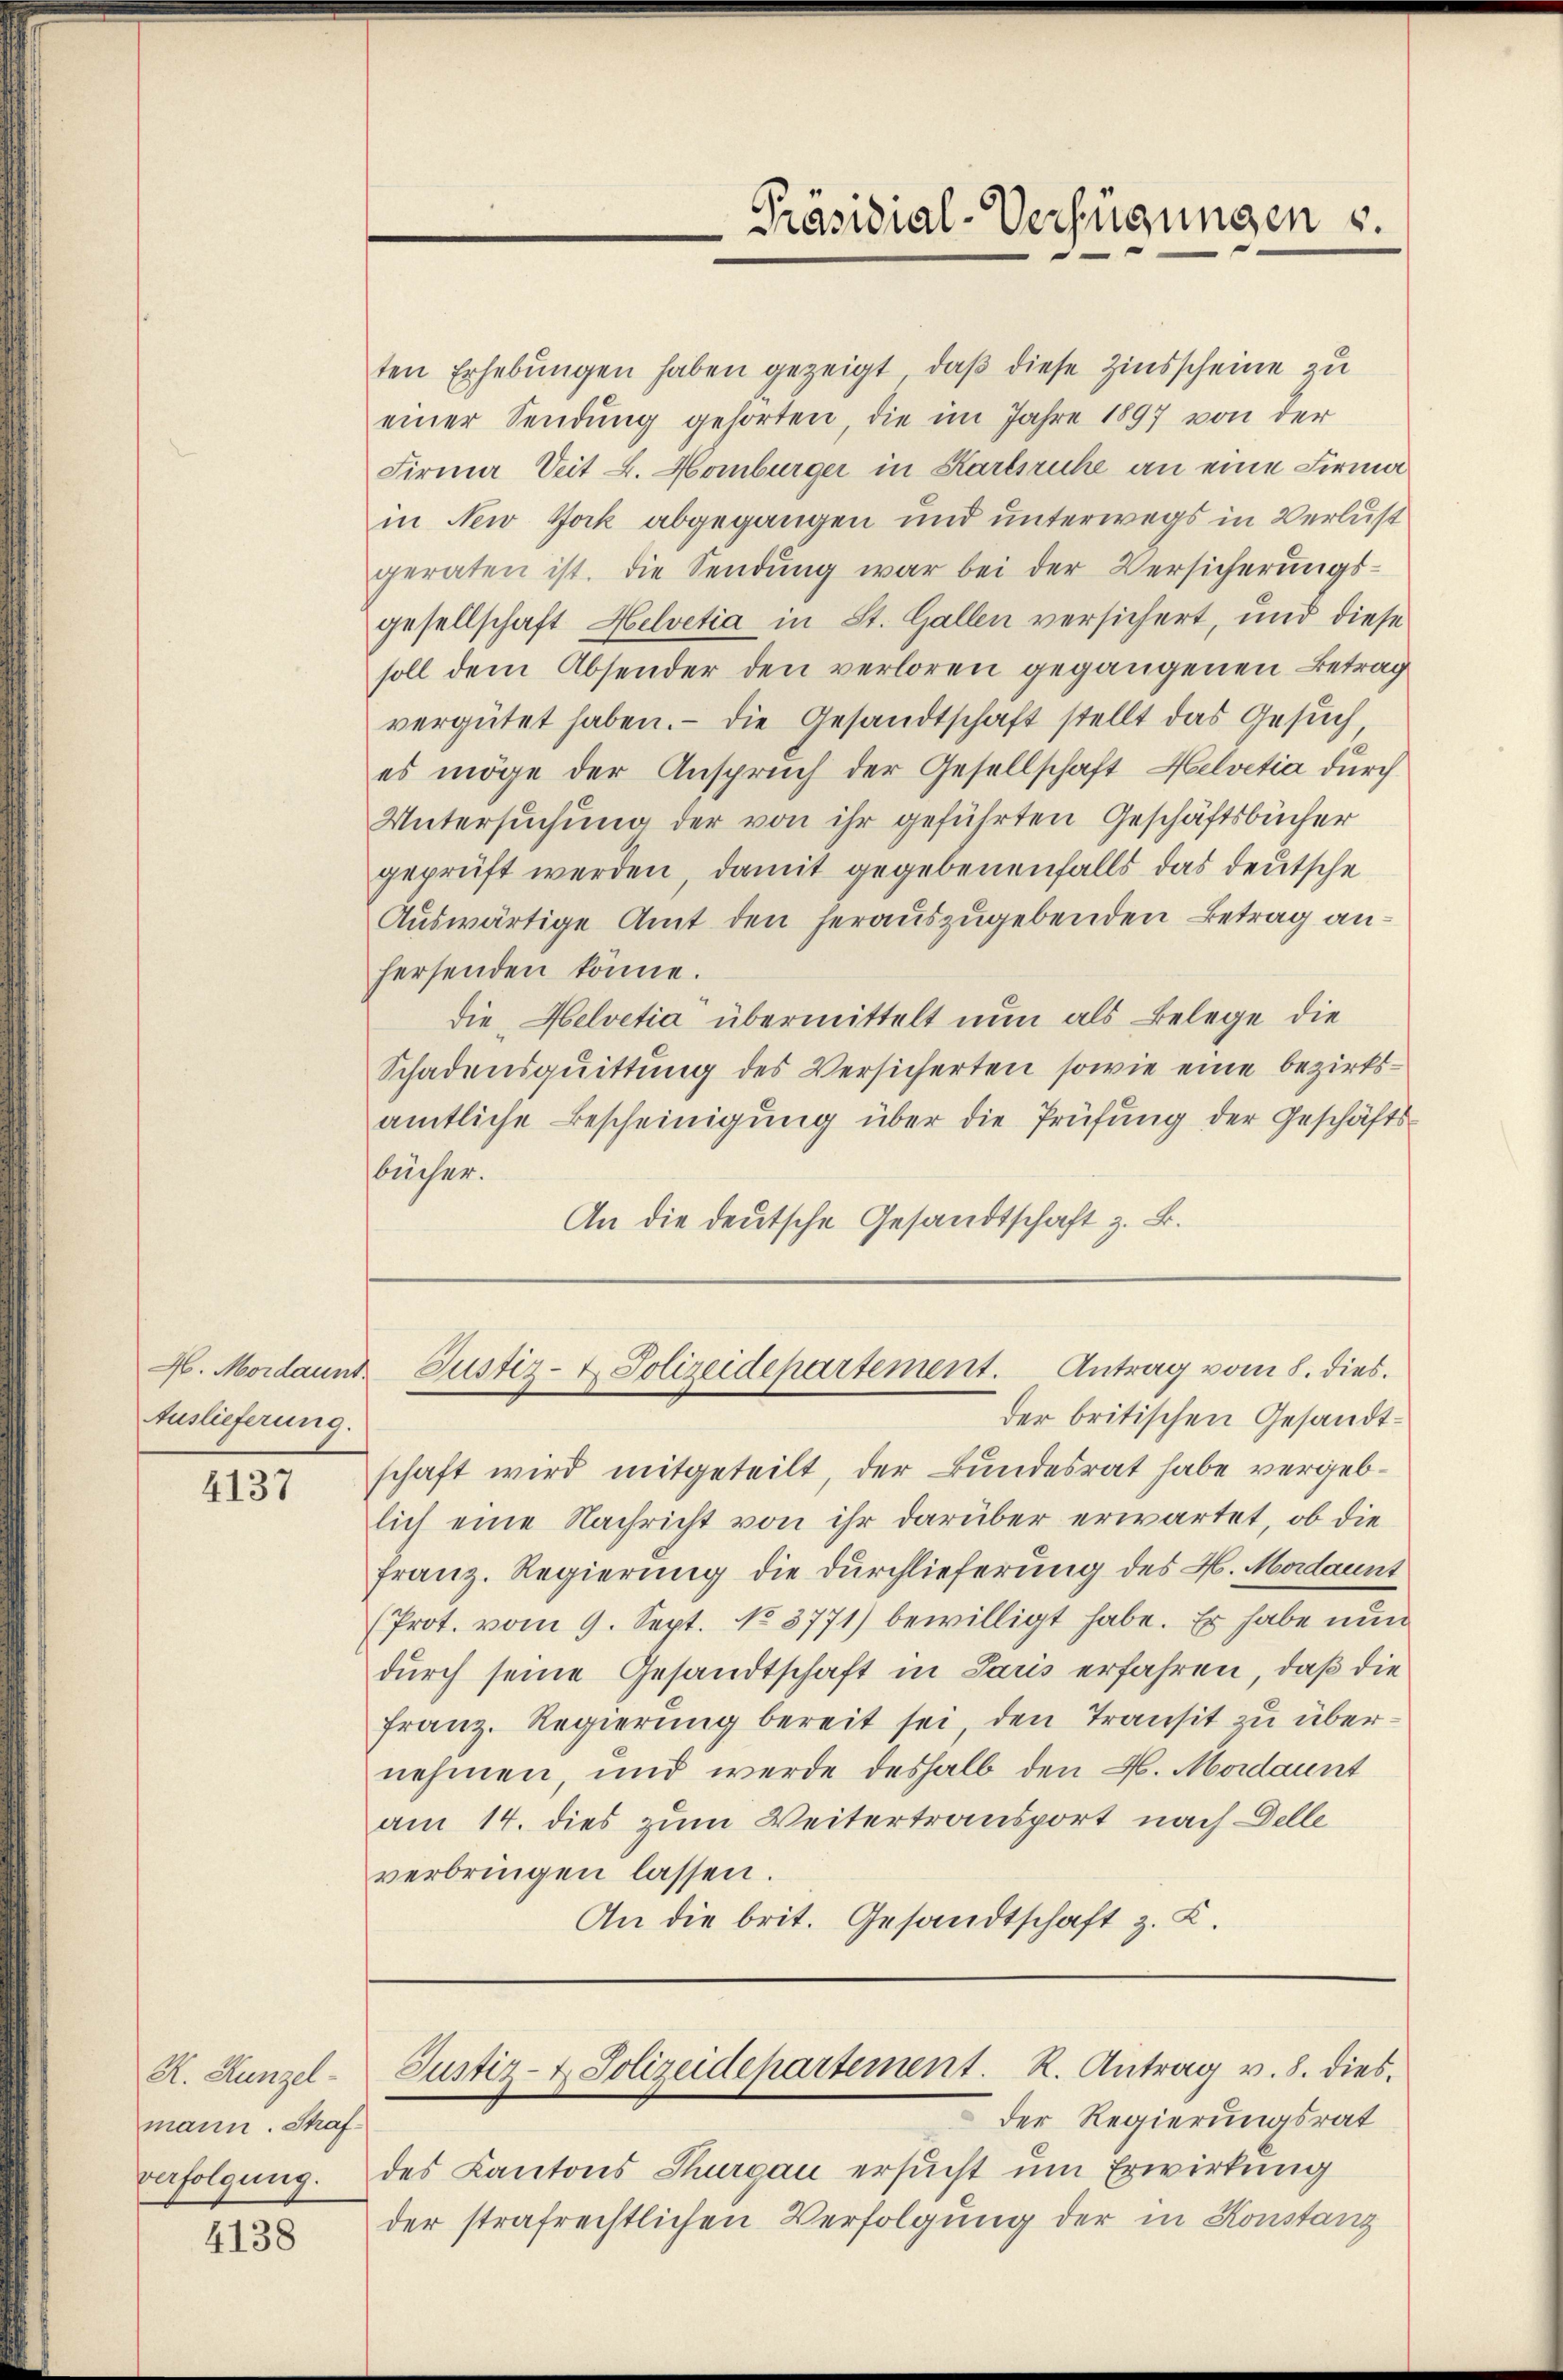
Auslieferung.

4137

K. Hunzel
mann. Strafverfolgung.

4138

ten Erhebungen haben gezeigt, daß diese Zinsscheine zu
einer Sendung gehörten, die im Jahre 1897 von der
Firma Seit L. Homburger in Karlsruhe an eine Firmain New York abgegangen und unterwegs in Verlust
geraten ist. Die Sendŭng war bei der Versicherŭngs-
gesellschaft Helvetia in St. Gallen versichert, und diese
soll dem Absender den verloren gegangenen Betrag
vergütet haben. Die Gesandtschaft stellt das Gesŭch
es möge der Anspruch der Gesellschaft Helvetia durch
Untersŭchŭng der von ihr geführten Geschäftsbücher
geprüft werden, damit gegebenenfalls das deutsche
Auswärtige Amt den herauszugebenden Betrag anhersenden könne.
die Helvetia übermittelt nun als Belege die
Schadensquittung des Versicherten sowie eine bezirksamtliche Bescheinigung über die Prüfung der Geschäftsbücher.
An die deutsche Gesandtschaft z. B.

der britischen Gesandtschaft wird mitgeteilt, der Bundesrat habe vergeblich eine Nachricht von ihr darüber erwartet, ob die
Franz. Regierung die Durchlieferung des H. Madaunt
(Prot. vom 9. Sept. No 3771) bewilligt habe. Er habe nun
durch seine Gesandtschaft in Paris erfahren, daß die
franz. Regierung bereit sei, den Transit zu übernehmen, und werde deshalb den H. Maidaunt
am 14. dies zum Weitertransport nach Delle
verbringen lassen.
An die brit. Gesandtschaft z. K.

Der Regierungsrat
des Kantons Thurgau ersucht um Erwirkung
der strafrechtlichen Verfolgung der in Konstanz

Präsidial-Verfügungen u.

H. Mordann Justiz- & Polizeidepartement. Antrag vom 8. dies

Justiz- & Polizeidehartement. R. Antrag v. 8. dies